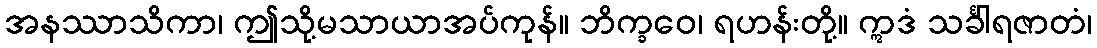
အနဿာသိကာ၊ ဤသို့မသာယာအပ်ကုန်။ ဘိက္ခဝေ၊ ရဟန်းတို့။ ဣဒံ သင်္ခါရဇာတံ၊